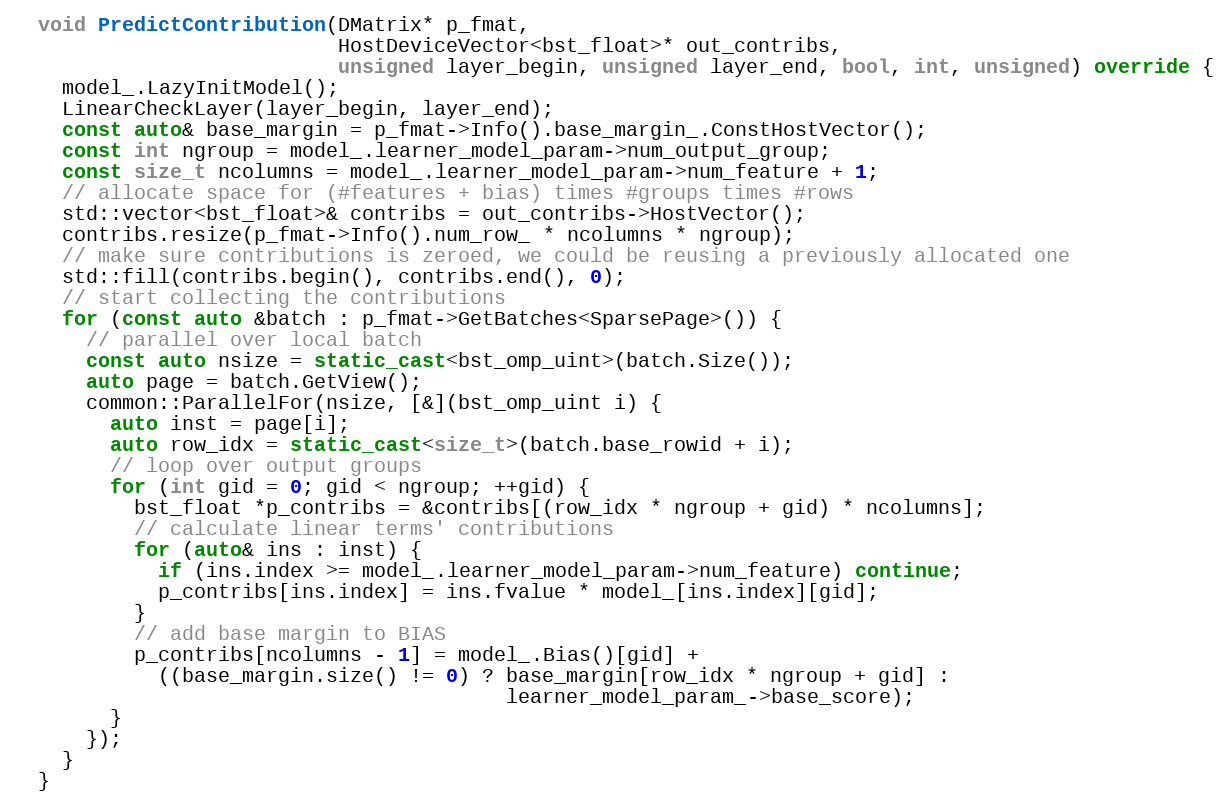
Language: C++
  void PredictContribution(DMatrix* p_fmat,
                           HostDeviceVector<bst_float>* out_contribs,
                           unsigned layer_begin, unsigned layer_end, bool, int, unsigned) override {
    model_.LazyInitModel();
    LinearCheckLayer(layer_begin, layer_end);
    const auto& base_margin = p_fmat->Info().base_margin_.ConstHostVector();
    const int ngroup = model_.learner_model_param->num_output_group;
    const size_t ncolumns = model_.learner_model_param->num_feature + 1;
    // allocate space for (#features + bias) times #groups times #rows
    std::vector<bst_float>& contribs = out_contribs->HostVector();
    contribs.resize(p_fmat->Info().num_row_ * ncolumns * ngroup);
    // make sure contributions is zeroed, we could be reusing a previously allocated one
    std::fill(contribs.begin(), contribs.end(), 0);
    // start collecting the contributions
    for (const auto &batch : p_fmat->GetBatches<SparsePage>()) {
      // parallel over local batch
      const auto nsize = static_cast<bst_omp_uint>(batch.Size());
      auto page = batch.GetView();
      common::ParallelFor(nsize, [&](bst_omp_uint i) {
        auto inst = page[i];
        auto row_idx = static_cast<size_t>(batch.base_rowid + i);
        // loop over output groups
        for (int gid = 0; gid < ngroup; ++gid) {
          bst_float *p_contribs = &contribs[(row_idx * ngroup + gid) * ncolumns];
          // calculate linear terms' contributions
          for (auto& ins : inst) {
            if (ins.index >= model_.learner_model_param->num_feature) continue;
            p_contribs[ins.index] = ins.fvalue * model_[ins.index][gid];
          }
          // add base margin to BIAS
          p_contribs[ncolumns - 1] = model_.Bias()[gid] +
            ((base_margin.size() != 0) ? base_margin[row_idx * ngroup + gid] :
                                         learner_model_param_->base_score);
        }
      });
    }
  }